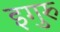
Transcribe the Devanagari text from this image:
इगुरु